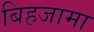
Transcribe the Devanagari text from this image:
बिहजामा